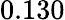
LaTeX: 0.130